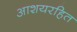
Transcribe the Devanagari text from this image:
आशयरहित